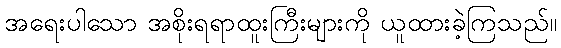
အရေးပါသော အစိုးရရာထူးကြီးများကို ယူထားခဲ့ကြသည်။